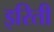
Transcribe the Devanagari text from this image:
इरिती